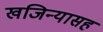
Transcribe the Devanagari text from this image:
खजिन्यासह